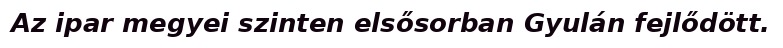
Az ipar megyei szinten elsősorban Gyulán fejlődött.